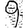
Digit: 9